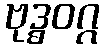
ဗုဒ္ဓဝဂ္ဂ